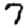
Digit: 7